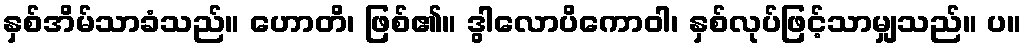
နှစ်အိမ်သာခံသည်။ ဟောတိ၊ ဖြစ်၏။ ဒွါလောပိကောဝါ၊ နှစ်လုပ်ဖြင့်သာမျှသည်။ ပ။